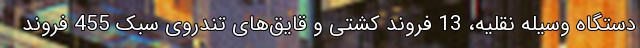
دستگاه وسیله نقلیه، 13 فروند کشتی و قایق‌های تندروی سبک 455 فروند